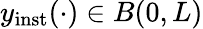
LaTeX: y_{\mathrm{inst}}(\cdot)\in B(0,L)